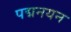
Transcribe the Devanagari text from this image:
पद्मनयन